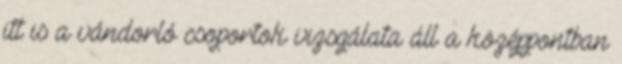
itt is a vándorló csoportok vizsgálata áll a középpontban